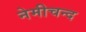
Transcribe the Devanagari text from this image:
नेमीचन्द